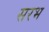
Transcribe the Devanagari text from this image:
सरभ